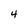
Character: 4